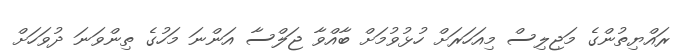
ރައްޔިތުންގެ މަޖިލިސް މިއަހަރަށް ހުޅުވުމަށް ބާއްވާ ޖަލްސާ އަންނަ މަހުގެ ތިންވަނަ ދުވަހަށް